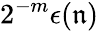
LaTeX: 2^{-m}\epsilon(\mathfrak{n})